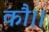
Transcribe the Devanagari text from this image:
कौ।।